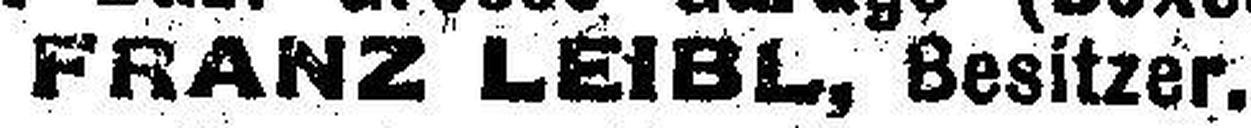
FRANZ LEIBL, Besitzer.